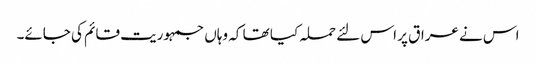
اس نے عراق پر اس لئے حملہ کیا تھا کہ وہاں جمہوریت قائم کی جائے۔